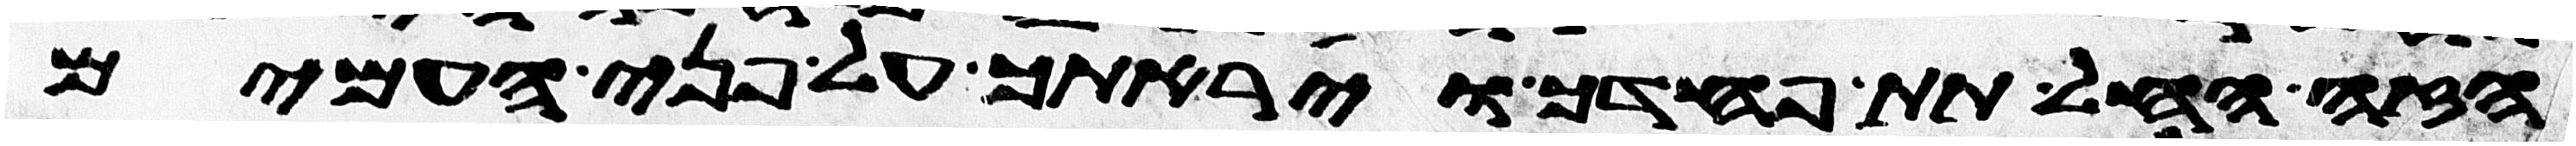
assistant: הזה החל תת פחדך ויראתך על פני העמים